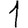
Digit: 1